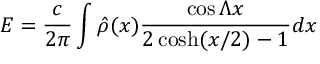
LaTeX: E = { \frac { c } { 2 \pi } } \int \hat { \rho } ( x ) { \frac { \cos \Lambda x } { 2 \cosh ( x / 2 ) - 1 } } d x